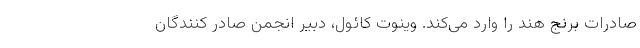
صادرات برنج هند را وارد می‌کند. وینوت کائول، دبیر انجمن صادر کنندگان